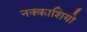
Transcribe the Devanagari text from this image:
नक्‍काशियो